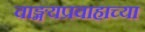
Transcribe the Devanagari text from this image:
वाङ्मयप्रवाहाच्या